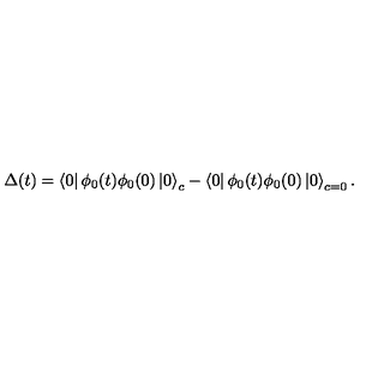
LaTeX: \Delta ( t ) = \left\langle 0 \right| \phi _ { 0 } ( t ) \phi _ { 0 } ( 0 ) \left| 0 \right\rangle _ { c } - \left\langle 0 \right| \phi _ { 0 } ( t ) \phi _ { 0 } ( 0 ) \left| 0 \right\rangle _ { c = 0 } .